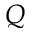
Q